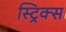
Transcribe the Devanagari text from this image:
स्ट्रिक्स